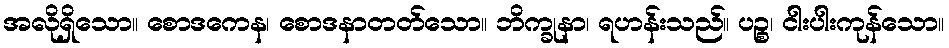
အလိုရှိသော။ စောဒကေန၊ စောဒနာတတ်သော။ ဘိက္ခုနာ၊ ရဟန်းသည်။ ပဉ္စ၊ ငါးပါးကုန်သော။